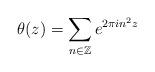
LaTeX: \begin{align*} \theta(z) = \sum_{n \in \mathbb{Z}} e^{2\pi i n^2 z}\end{align*}